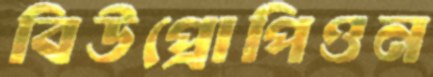
বিউপ্রোপিওন